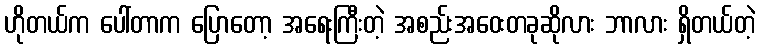
ဟိုတယ်က ပေါ်တာက ပြောတော့ အရေးကြီးတဲ့ အစည်းအဝေးတခုဆိုလား ဘာလား ရှိတယ်တဲ့